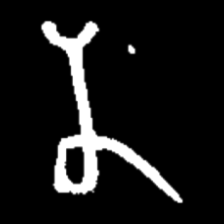
Pyu character \u2014 Myanmar letter: န (romanized: na)